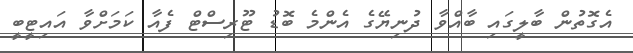
އެގޮތުން ބާލީގައި ބާއްވާ ދުނިޔޭގެ އެންމެ ބޮޑު ޓޫރިސްޓް ފެއާ ކަމަށްވާ އައިޓީބީ